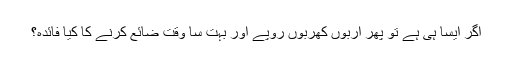
اگر ایسا ہی ہے تو پھر اربوں کھربوں روپے اور بہت سا وقت ضائع کرنے کا کیا فائدہ؟